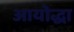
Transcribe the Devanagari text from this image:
आयोद्धा